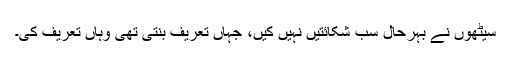
سیٹھوں نے بہرحال سب شکائتیں نہیں کیں، جہاں تعریف بنتی تھی وہاں تعریف کی۔